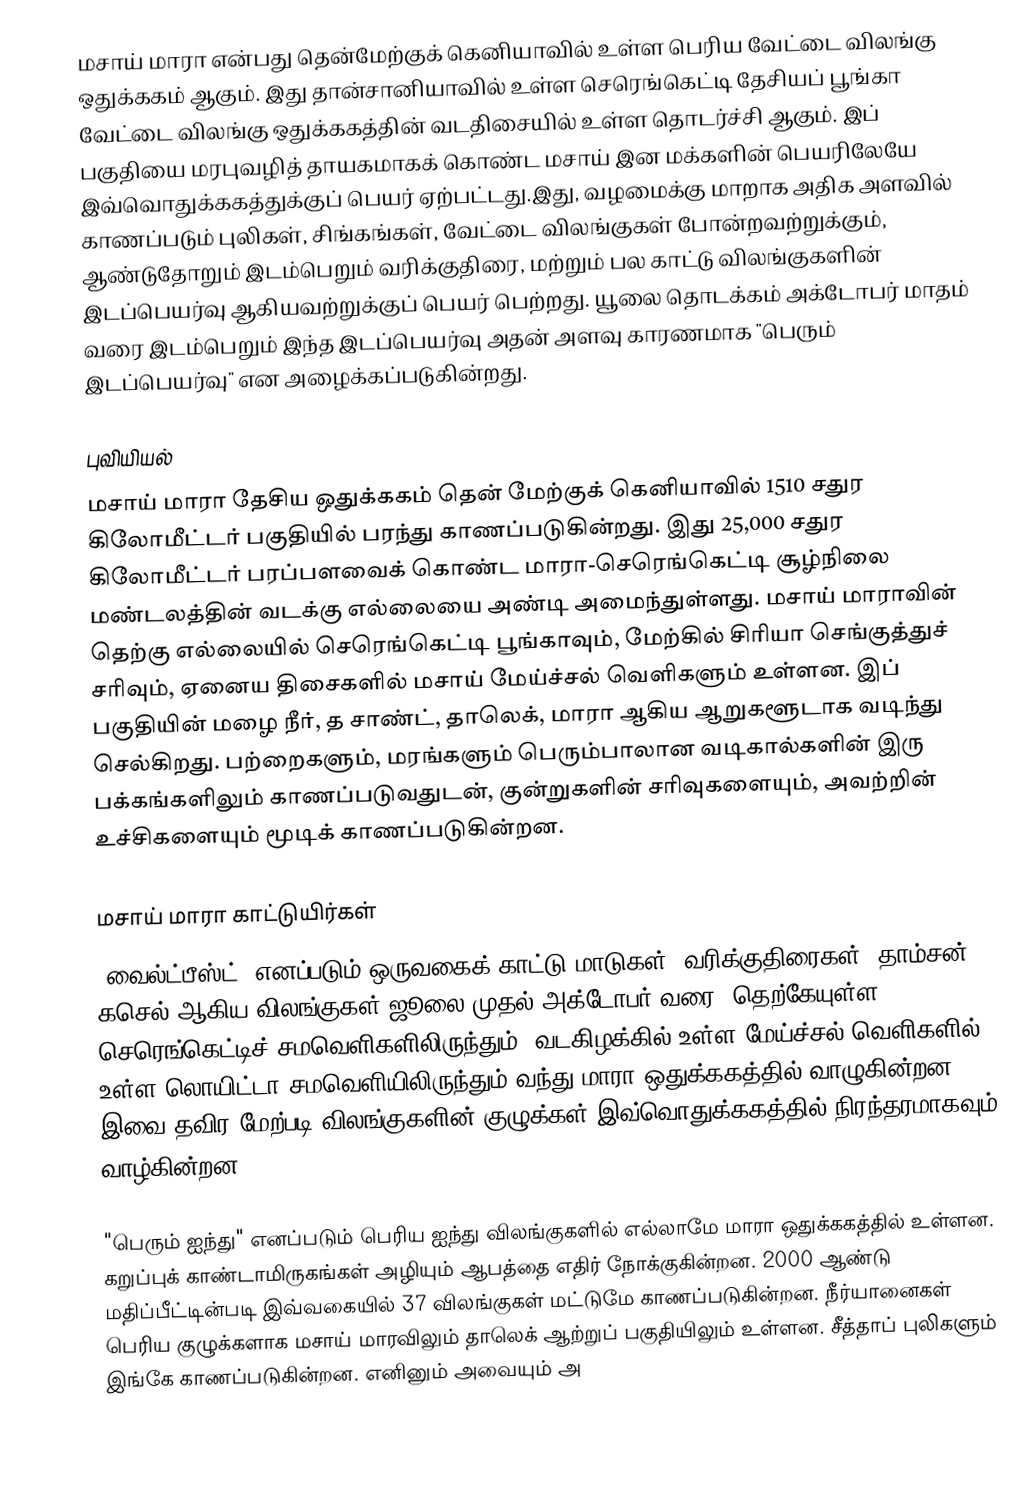
மசாய் மாரா என்பது தென்மேற்குக் கெனியாவில் உள்ள பெரிய வேட்டை விலங்கு ஒதுக்ககம் ஆகும். இது தான்சானியாவில் உள்ள செரெங்கெட்டி தேசியப் பூங்கா வேட்டை விலங்கு ஒதுக்ககத்தின் வடதிசையில் உள்ள தொடர்ச்சி ஆகும். இப் பகுதியை மரபுவழித் தாயகமாகக் கொண்ட மசாய் இன மக்களின் பெயரிலேயே இவ்வொதுக்ககத்துக்குப் பெயர் ஏற்பட்டது.இது, வழமைக்கு மாறாக அதிக அளவில் காணப்படும் புலிகள், சிங்கங்கள், வேட்டை விலங்குகள் போன்றவற்றுக்கும், ஆண்டுதோறும் இடம்பெறும் வரிக்குதிரை, மற்றும் பல காட்டு விலங்குகளின் இடப்பெயர்வு ஆகியவற்றுக்குப் பெயர் பெற்றது. யூலை தொடக்கம் அக்டோபர் மாதம் வரை இடம்பெறும் இந்த இடப்பெயர்வு அதன் அளவு காரணமாக "பெரும் இடப்பெயர்வு" என அழைக்கப்படுகின்றது.

புவியியல்
மசாய் மாரா தேசிய ஒதுக்ககம் தென் மேற்குக் கெனியாவில் 1510 சதுர கிலோமீட்டர் பகுதியில் பரந்து காணப்படுகின்றது. இது 25,000 சதுர கிலோமீட்டர் பரப்பளவைக் கொண்ட மாரா-செரெங்கெட்டி சூழ்நிலை மண்டலத்தின் வடக்கு எல்லையை அண்டி அமைந்துள்ளது. மசாய் மாராவின் தெற்கு எல்லையில் செரெங்கெட்டி பூங்காவும், மேற்கில் சிரியா செங்குத்துச் சரிவும், ஏனைய திசைகளில் மசாய் மேய்ச்சல் வெளிகளும் உள்ளன. இப் பகுதியின் மழை நீர், த சாண்ட், தாலெக், மாரா ஆகிய ஆறுகளூடாக வடிந்து செல்கிறது. பற்றைகளும், மரங்களும் பெரும்பாலான வடிகால்களின் இரு பக்கங்களிலும் காணப்படுவதுடன், குன்றுகளின் சரிவுகளையும், அவற்றின் உச்சிகளையும் மூடிக் காணப்படுகின்றன.

மசாய் மாரா காட்டுயிர்கள்
"வைல்ட்பீஸ்ட்" எனப்படும் ஒருவகைக் காட்டு மாடுகள், வரிக்குதிரைகள், தாம்சன் கசெல் ஆகிய விலங்குகள் ஜூலை முதல் அக்டோபர் வரை, தெற்கேயுள்ள செரெங்கெட்டிச் சமவெளிகளிலிருந்தும், வடகிழக்கில் உள்ள மேய்ச்சல் வெளிகளில் உள்ள லொயிட்டா சமவெளியிலிருந்தும் வந்து மாரா ஒதுக்ககத்தில் வாழுகின்றன. இவை தவிர மேற்படி விலங்குகளின் குழுக்கள் இவ்வொதுக்ககத்தில் நிரந்தரமாகவும் வாழ்கின்றன.

"பெரும் ஐந்து" எனப்படும் பெரிய ஐந்து விலங்குகளில் எல்லாமே மாரா ஒதுக்ககத்தில் உள்ளன. கறுப்புக் காண்டாமிருகங்கள் அழியும் ஆபத்தை எதிர் நோக்குகின்றன. 2000 ஆண்டு மதிப்பீட்டின்படி இவ்வகையில் 37 விலங்குகள் மட்டுமே காணப்படுகின்றன. நீர்யானைகள் பெரிய குழுக்களாக மசாய் மாரவிலும் தாலெக் ஆற்றுப் பகுதியிலும் உள்ளன. சீத்தாப் புலிகளும் இங்கே காணப்படுகின்றன. எனினும் அவையும் அ